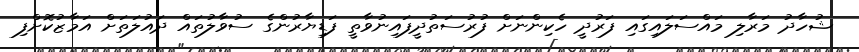
ޝުހާދު މަރާލި މައްސަލައިގައި ފަރުދީ ހެކިންނަށް ފުރުސަތުދީފައިނުވާތީ ފަޑިޔާރުންގެ ސުވާލުތައް ދައުލަތަށް އަމާޒުކޮށްފި